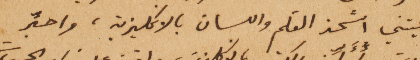
رأيتني اشحذ القلم واللسان بالانكليزيةـ واحبِّر